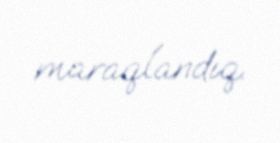
maraqlandıq.